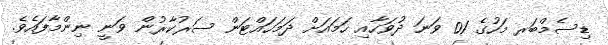
ޑިސެމްބަރ މަހުގެ 01 ވަނަ ދުވަހާއި ހަމައަށް ދަމަހައްޓަން ސަރުކާރުން ވަނީ ނިންމާފައެވެ.